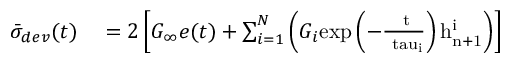
\begin{array} { r l } { { \bar { \sigma } _ { d e v } } ( t ) } & { { } = 2 \left[ G _ { \infty } e ( t ) + \sum _ { i = 1 } ^ { N } \left( G _ { i } \mathrm { { e x p } \left( - \frac { \Delta t } { \ t a u _ { i } } \right) h _ { n + 1 } ^ { i } } \right) \right] } \end{array}